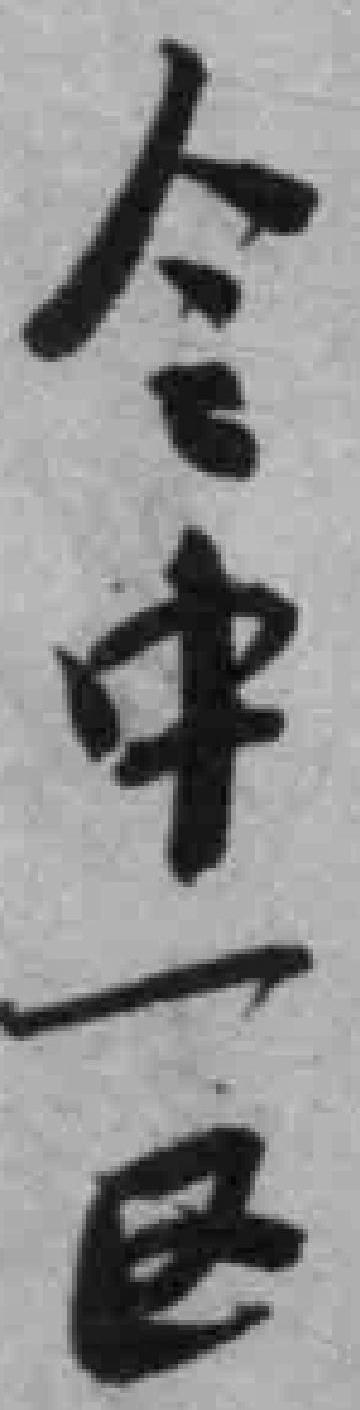
令中一区